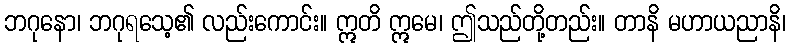
ဘဂုနော၊ ဘဂုရသေ့၏ လည်းကောင်း။ ဣတိ ဣမေ၊ ဤသည်တို့တည်း။ တာနိ မဟာယညာနိ၊